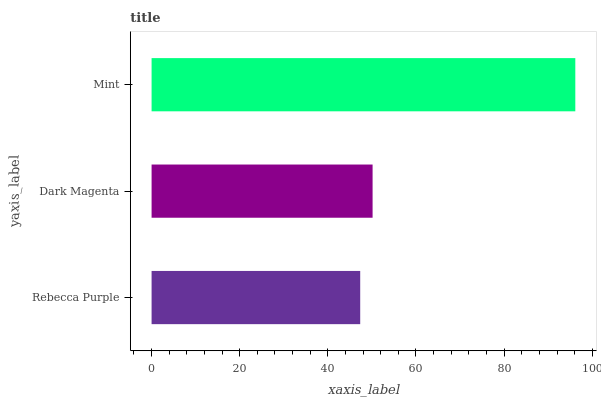
| yaxis_label | bars |
 | --- | --- |
 | Rebecca Purple | 47.3 |
 | Dark Magenta | 50.1 |
 | Mint | 96.2 |